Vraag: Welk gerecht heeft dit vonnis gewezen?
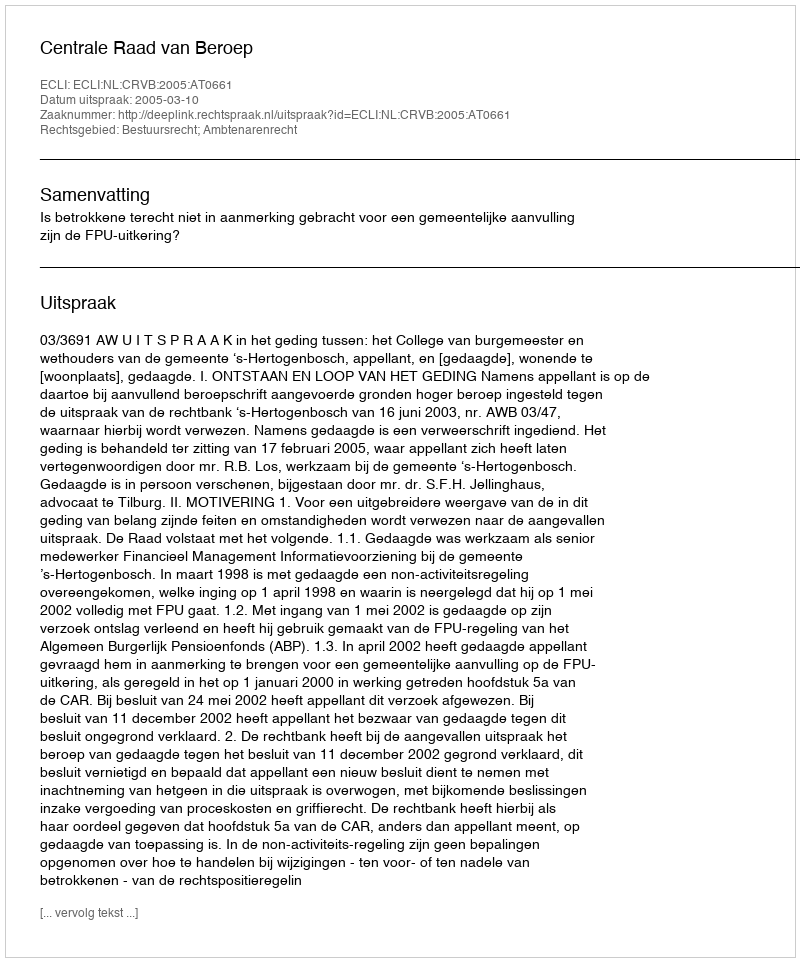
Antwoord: Centrale Raad van Beroep